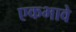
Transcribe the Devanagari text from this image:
एकभावे